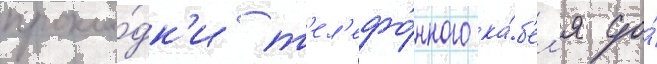
прокла́дк'и т'ел'ефо́нного ка́б'ел'я до́